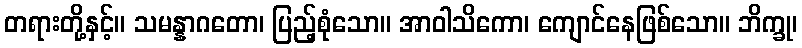
တရားတို့နှင့်။ သမန္နာဂတော၊ ပြည့်စုံသော။ အာဝါသိကော၊ ကျောင်နေဖြစ်သော။ ဘိက္ခု၊